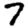
Digit: 7